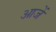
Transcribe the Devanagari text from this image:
आजें